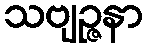
သဗျဉ္ဇနာ